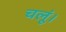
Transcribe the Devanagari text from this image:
चलूं।